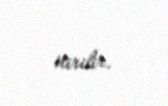
itirilir.